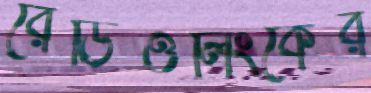
রেডিওলিংকের